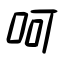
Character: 呵